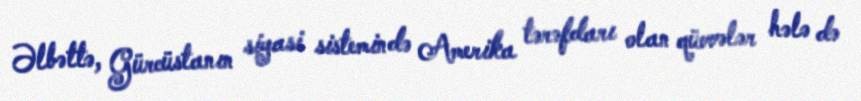
Əlbəttə, Gürcüstanın siyasi sistemində Amerika tərəfdarı olan qüvvələr hələ də